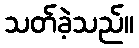
သတ်ခဲ့သည်။